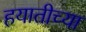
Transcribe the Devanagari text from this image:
हयातीच्या